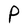
Character: P